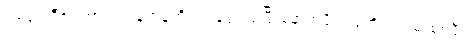
၁၉၄၁ ဒီဇင်ဘာလ ရန်ကုန်ကို ဂျပန်ဗုံးကျပြီးနောက်ပိုင်း ဒုတိယကမ္ဘာစစ်မီး